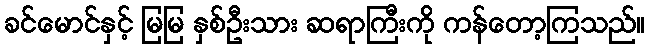
ခင်မောင်နှင့် မြမြ နှစ်ဦးသား ဆရာကြီးကို ကန်တော့ကြသည်။